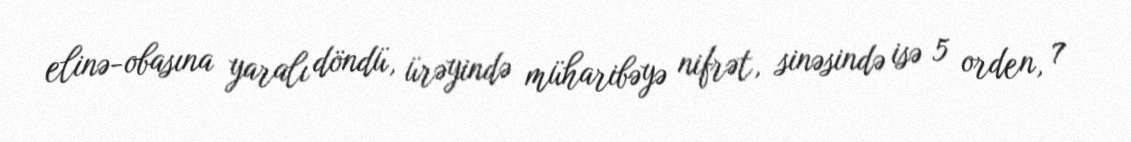
elinə-obasına yaralı döndü, ürəyində müharibəyə nifrət, sinəsində isə 5 orden, 7